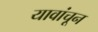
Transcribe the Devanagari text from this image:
यावांचून